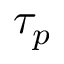
\tau _ { p }